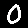
Digit: 0